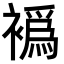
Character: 𬡮